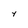
Character: y